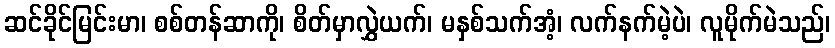
ဆင်ခိုင်မြင်းမာ၊ စစ်တန်ဆာကို၊ စိတ်မှာလွှဲယက်၊ မနှစ်သက်အံ့၊ လက်နက်မဲ့ပဲ၊ လူမိုက်မဲသည်၊